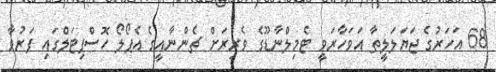
68 އަހަރުގެ ޖަޔަލަލީތާ އަވަހާރަވީ ޓެމިލްނާޑޫގެ ވެރިރަށް ޗެންނާއީގެ އެޕޯލޯ ހޮސްޕިޓަލްގައި ފަރުވާ